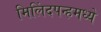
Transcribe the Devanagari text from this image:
मिलिंदपन्हमध्ये